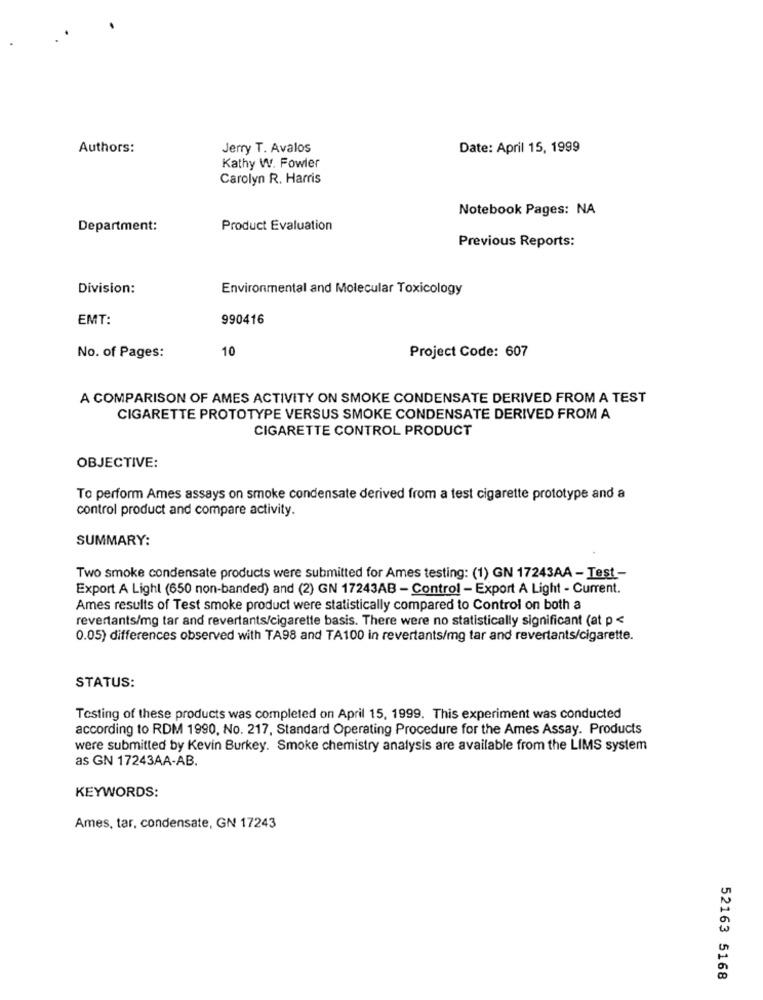
Authors:
Jerry T. Avalos
Date: April 15, 1999
Kathy W. Fowler
Carolyn R. Harris
Notebook Pages: NA
Department:
Product Evaluation
Previous Reports:
Division:
Environmental and Molecular Toxicology
EMT:
990416
10
No. of Pages:
Project Code: 607
A COMPARISON OF AMES ACTIVITY ON SMOKE CONDENSATE DERIVED FROM A TEST
CIGARETTE PROTOTYPE VERSUS SMOKE CONDENSATE DERIVED FROM A
CIGARETTE CONTROL PRODUCT
OBJECTIVE:
To perform Ames assays on smoke condensate derived from a test cigarette prototype and a
control product and compare activity.
SUMMARY:
Two smoke condensate products were submitted for Ames testing: (1) GN 17243AA - Test -
Export A Light (650 non-banded) and (2) GN 17243AB - Control - Export A Light - Current.
Ames results of Test smoke product were statistically compared to Control on both a
revertants/mg tar and revertants/cigarette basis. There were no statistically significant (at p <
0.05) differences observed with TA98 and TA100 in revertants/mg tar and revertants/cigarette.
STATUS:
Testing of these products was completed on April 15, 1999. This experiment was conducted
according to RDM 1990, No. 217, Standard Operating Procedure for the Ames Assay. Products
were submitted by Kevin Burkey. Smoke chemistry analysis are available from the LIMS system
as GN 17243AA-AB.
KEYWORDS:
Ames, tar, condensate, GN 17243
52163 5168